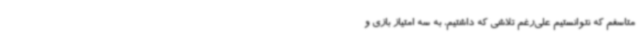
متاسفم که نتوانستیم علی‌رغم تلاشی که داشتیم، به سه امتیاز بازی و